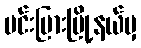
မင်းပြားမြို့နယ်မှ